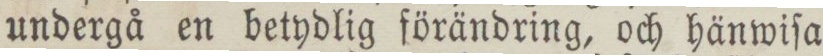
undergå en betydlig förändring, och hänwiſa